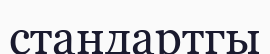
стандартгы